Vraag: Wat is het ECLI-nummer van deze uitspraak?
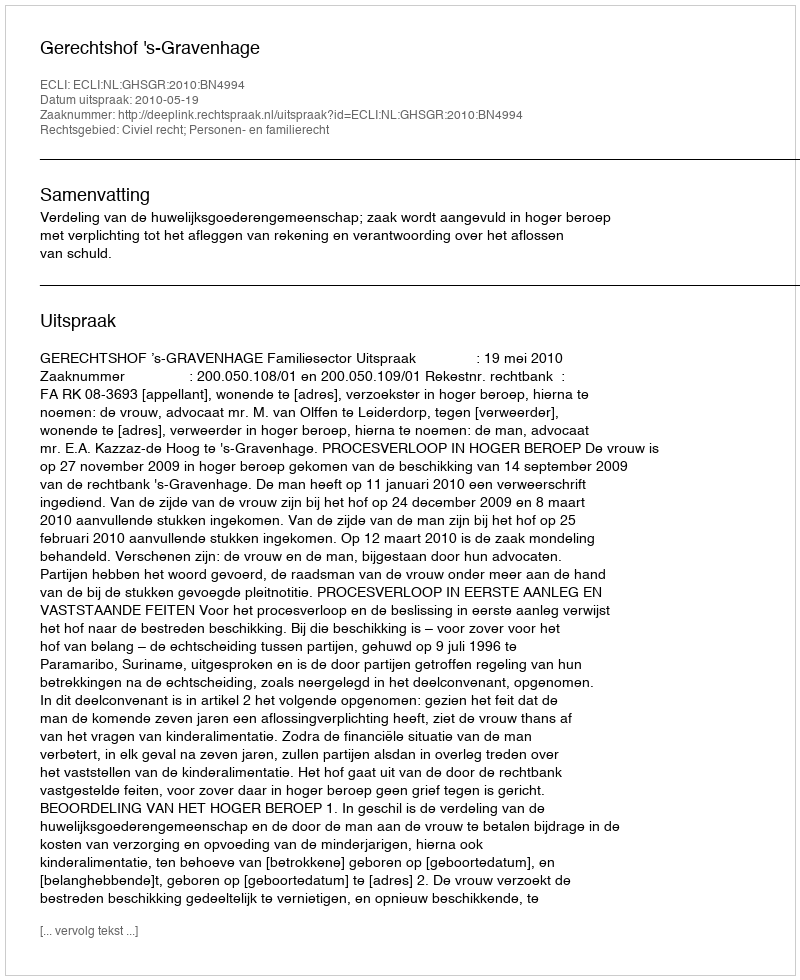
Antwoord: ECLI:NL:GHSGR:2010:BN4994